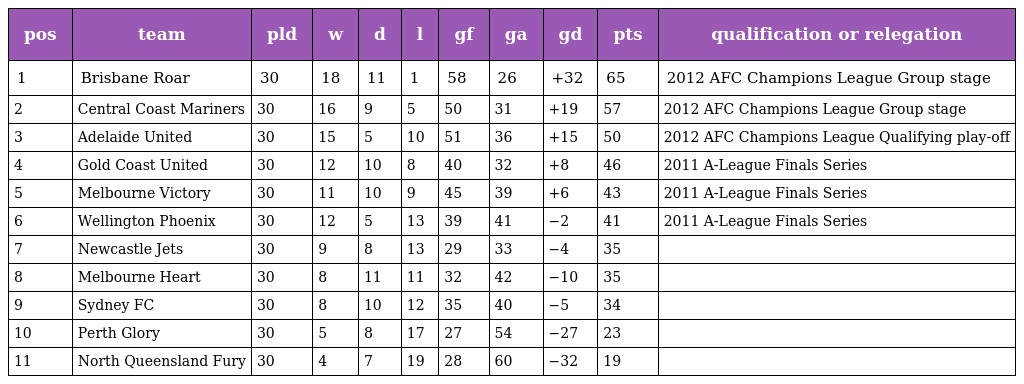
| pos | team | pld | w | d | l | gf | ga | gd | pts | qualification or relegation |
 | --- | --- | --- | --- | --- | --- | --- | --- | --- | --- | --- |
 | 1 | Brisbane Roar | 30 | 18 | 11 | 1 | 58 | 26 | +32 | 65 | 2012 AFC Champions League Group stage |
 | 2 | Central Coast Mariners | 30 | 16 | 9 | 5 | 50 | 31 | +19 | 57 | 2012 AFC Champions League Group stage |
 | 3 | Adelaide United | 30 | 15 | 5 | 10 | 51 | 36 | +15 | 50 | 2012 AFC Champions League Qualifying play-off |
 | 4 | Gold Coast United | 30 | 12 | 10 | 8 | 40 | 32 | +8 | 46 | 2011 A-League Finals Series |
 | 5 | Melbourne Victory | 30 | 11 | 10 | 9 | 45 | 39 | +6 | 43 | 2011 A-League Finals Series |
 | 6 | Wellington Phoenix | 30 | 12 | 5 | 13 | 39 | 41 | −2 | 41 | 2011 A-League Finals Series |
 | 7 | Newcastle Jets | 30 | 9 | 8 | 13 | 29 | 33 | −4 | 35 |  |
 | 8 | Melbourne Heart | 30 | 8 | 11 | 11 | 32 | 42 | −10 | 35 |  |
 | 9 | Sydney FC | 30 | 8 | 10 | 12 | 35 | 40 | −5 | 34 |  |
 | 10 | Perth Glory | 30 | 5 | 8 | 17 | 27 | 54 | −27 | 23 |  |
 | 11 | North Queensland Fury | 30 | 4 | 7 | 19 | 28 | 60 | −32 | 19 |  |